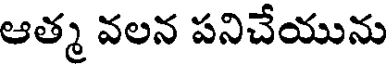
ఆత్మ వలన పనిచేయును